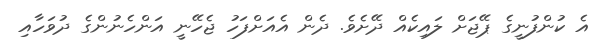
އެ ކުންފުނީގެ ޕޭޖަށް ލައިކެއް ދޭށެވެ. ދެން އެއަށްފަހު ޖެހޭނީ އަންހެނުންގެ ދުވަހާއި